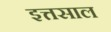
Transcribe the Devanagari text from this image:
इत्तसाल